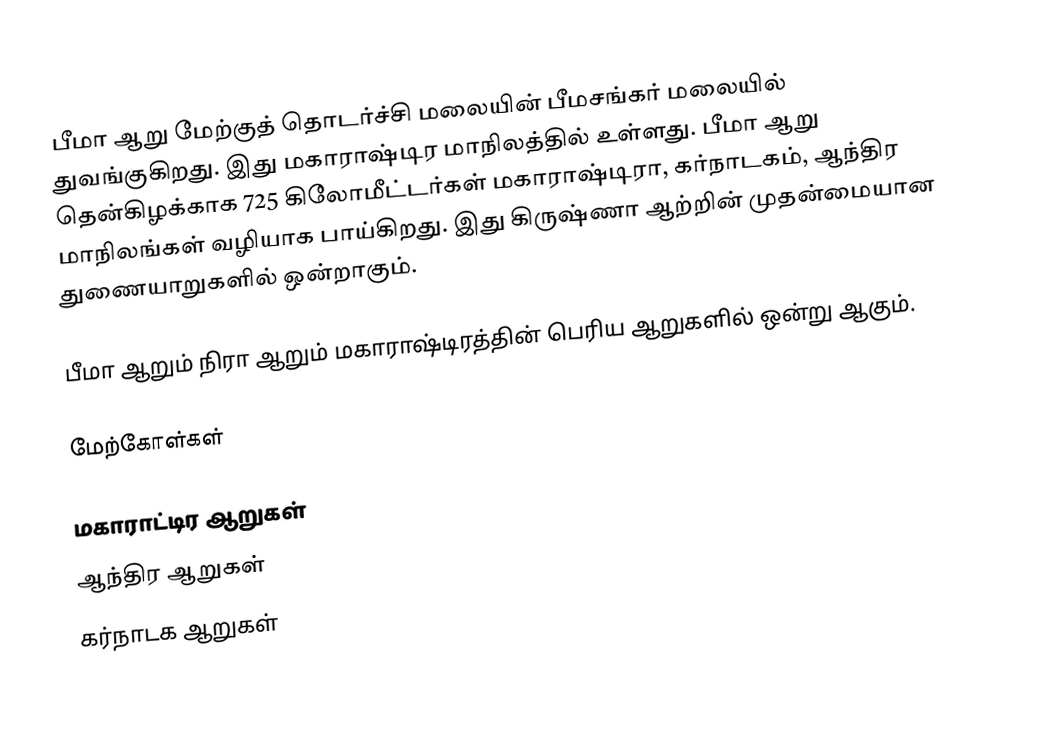
பீமா ஆறு மேற்குத் தொடர்ச்சி மலையின் பீமசங்கர் மலையில் துவங்குகிறது. இது மகாராஷ்டிர மாநிலத்தில் உள்ளது. பீமா ஆறு தென்கிழக்காக 725 கிலோமீட்டர்கள் மகாராஷ்டிரா, கர்நாடகம், ஆந்திர மாநிலங்கள் வழியாக பாய்கிறது. இது கிருஷ்ணா ஆற்றின் முதன்மையான துணையாறுகளில் ஒன்றாகும்.

பீமா ஆறும் நிரா ஆறும் மகாராஷ்டிரத்தின் பெரிய ஆறுகளில் ஒன்று ஆகும்.

மேற்கோள்கள்

மகாராட்டிர ஆறுகள்
ஆந்திர ஆறுகள்
கர்நாடக ஆறுகள்